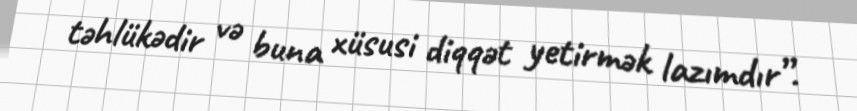
təhlükədir və buna xüsusi diqqət yetirmək lazımdır”.